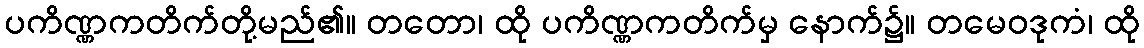
ပကိဏ္ဏကတိက်တို့မည်၏။ တတော၊ ထို ပကိဏ္ဏကတိက်မှ နောက်၌။ တမေဝဒုကံ၊ ထို